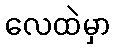
လေထဲမှာ